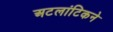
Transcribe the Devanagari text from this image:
अटलांटिकने